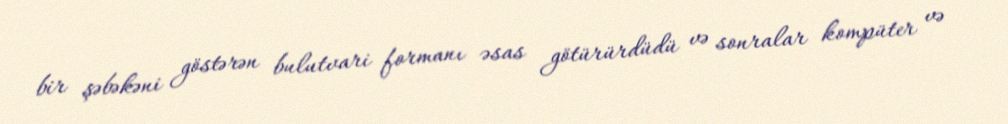
bir şəbəkəni göstərən bulutvari formanı əsas götürürdüdü və sonralar kompüter və